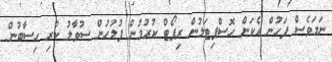
ނަމަވެސް ފަހުން އެކަން ހޮސްޕިޓަލުން ރިޕޯޓް ކުރުމުން ފުލުހުން ސުވާލު ކުރި ހިސާބުން